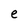
Character: e